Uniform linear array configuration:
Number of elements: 12
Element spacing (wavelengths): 1
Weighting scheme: kaiser
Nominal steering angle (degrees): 30
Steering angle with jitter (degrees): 31.942
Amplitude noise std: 0.05
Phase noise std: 0.05

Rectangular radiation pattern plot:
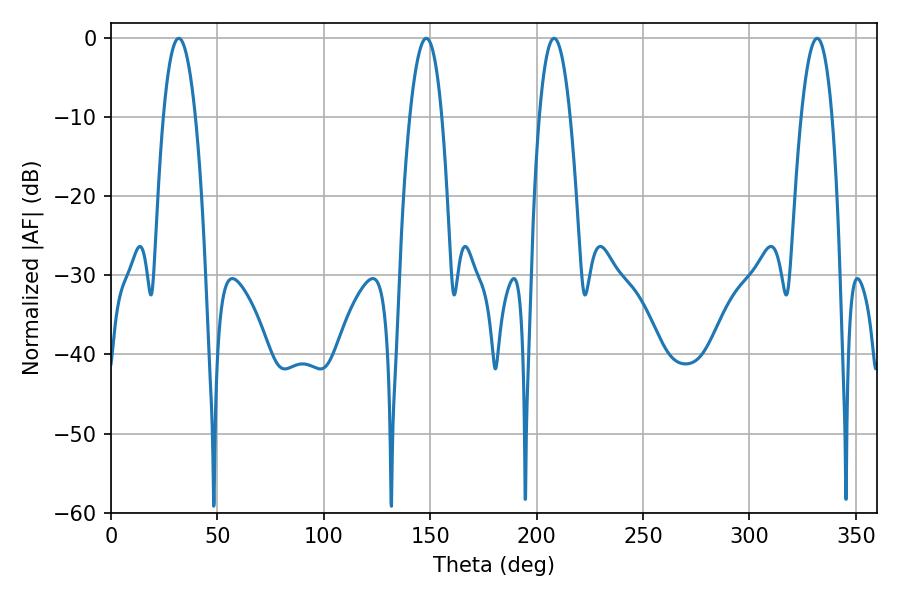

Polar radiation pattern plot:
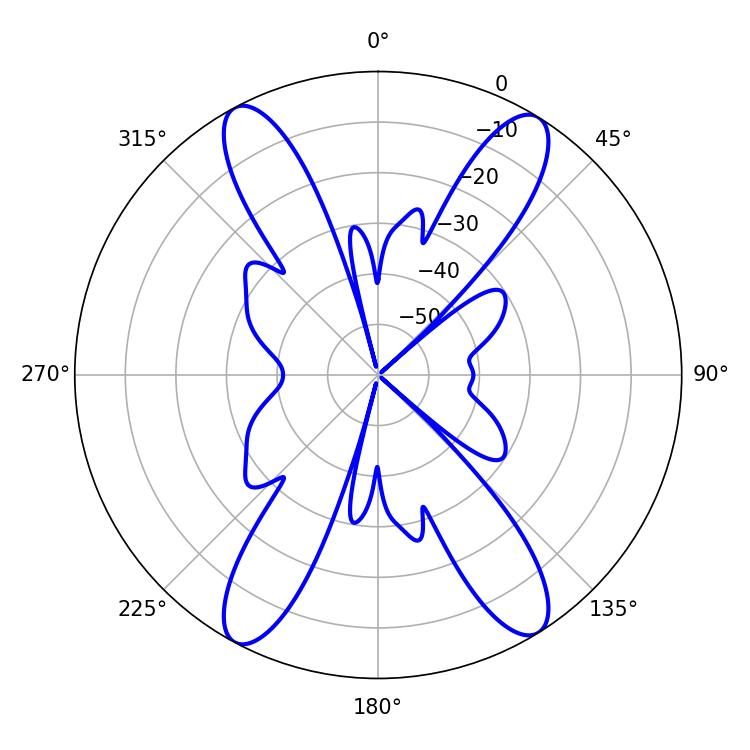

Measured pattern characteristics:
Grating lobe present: TRUE
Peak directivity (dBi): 19.619
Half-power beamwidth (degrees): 8.46
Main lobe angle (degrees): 31.86